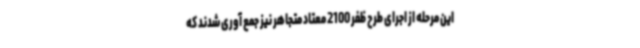
این مرحله از اجرای طرح ظفر 2100 معتاد متجاهر نیز جمع آوری شدند که